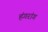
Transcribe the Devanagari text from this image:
हंगरांग